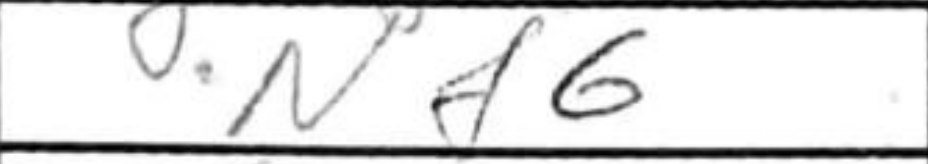
Transcription: Nf6